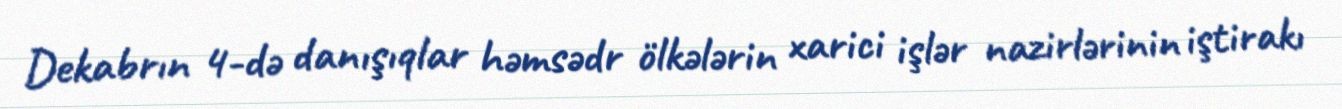
Dekabrın 4-də danışıqlar həmsədr ölkələrin xarici işlər nazirlərinin iştirakı